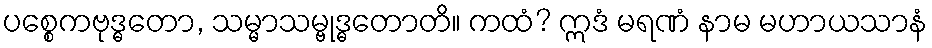
ပစ္စေကဗုဒ္ဓတော, သမ္မာသမ္ဗုဒ္ဓတောတိ။ ကထံ? ဣဒံ မရဏံ နာမ မဟာယသာနံ